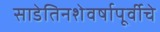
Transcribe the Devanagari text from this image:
साडेतिनशेवर्षापूर्वीचे